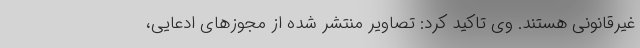
غیرقانونی هستند. وی تاکید کرد: تصاویر منتشر شده از مجوزهای ادعایی،